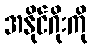
အနိုင်ဂိုးကို